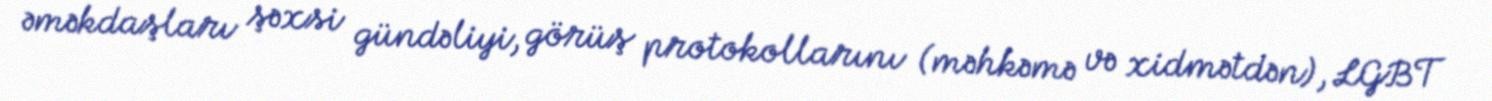
əməkdaşları şəxsi gündəliyi, görüş protokollarını (məhkəmə və xidmətdən), LGBT